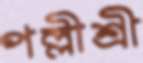
পল্লীশ্রী